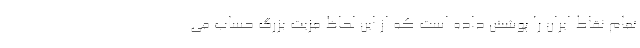
تمام نقاط ایران را پوشش داده است که از این لحاظ مزیت بزرگ حساب می